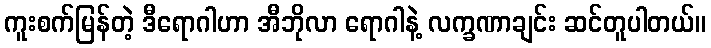
ကူးစက်မြန်တဲ့ ဒီရောဂါဟာ အီဘိုလာ ရောဂါနဲ့ လက္ခဏာချင်း ဆင်တူပါတယ်။